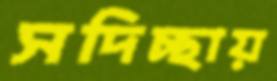
সদিচ্ছায়